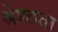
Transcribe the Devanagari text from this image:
श्रेश्ठता